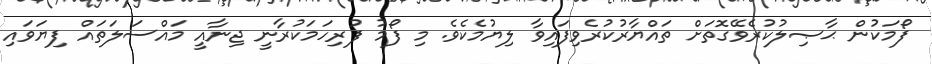
ފޯމަކުން ޙާޞިލުކުރެވޭގޮތަށް ތައްޔާރުކުރެވިފައިވާ ލިޔުމެކެވެ. މި ފޯމު ފުރިހަމަކުރާނީ ޖިނާއީ މައްސަލަތައް ފިޔަވައި